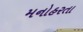
મનોહરતા